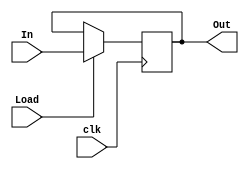

`ifndef __Register4b 
`define __Register4b
// `include "./Components/flipFlop/RisingEdge_DFlipFlop.v"

module Register4b(
    clk, Load, In,
    Out
);
    input wire clk;
    input wire Load;
    input wire [3:0] In;
    output reg [3:0] Out;

    initial begin
        Out <= 0;
    end

    always @(posedge clk) begin
        if (Load) begin
            Out <= In;
        end
    end
endmodule // Register4b
`endif